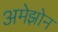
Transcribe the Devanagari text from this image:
अमेझोन